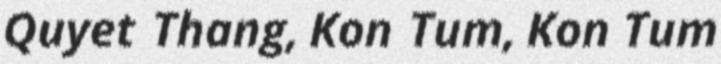
Quyet Thang, Kon Tum, Kon Tum